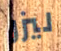
ليزر